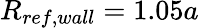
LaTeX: R_{ref,wall}=1.05a